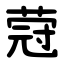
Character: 蒄